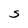
Character: S